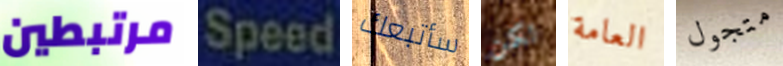
مرتبطين Speed سأتبعك لكن العامة متجول